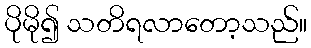
ပိုမို၍ သတိရလာတော့သည်။